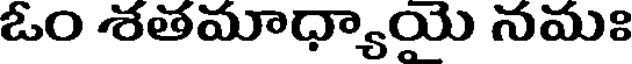
ఓం శతమాధ్యాయై నమః